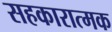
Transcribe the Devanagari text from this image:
सहकारात्मक